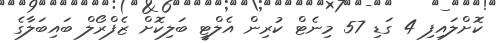
ކޮށްލައިފި 4 ގަޑި 57 މިނެޓް ކުރިން އެލްޓީ ބަލިކޮށް ޒެފްރޯލް ބައިބަލާގެ